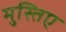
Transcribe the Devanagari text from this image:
मुस्तिए